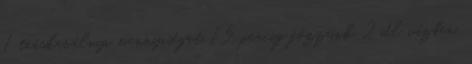
1 teáskanálnyi mennyiséget 15 percig főzzünk 2 dl vízben,